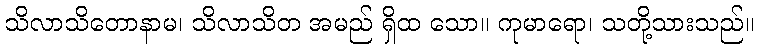
သိလာသိတောနာမ၊ သိလာသိတ အမည် ရှိထ သော။ ကုမာရော၊ သတို့သားသည်။